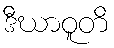
ဒီဃာဝူတိ